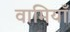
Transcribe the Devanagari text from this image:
वामियाँ